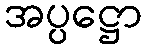
အပ္ပဋ္ဌော